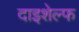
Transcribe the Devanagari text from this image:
दाइशेल्फ